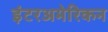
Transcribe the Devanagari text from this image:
इंटरअमेरिकन